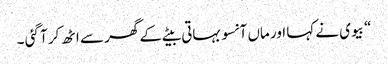
“ بیوی نے کہا اور ماں آنسو بہاتی بیٹے کے گھر سے اٹھ کر آ گئی ۔